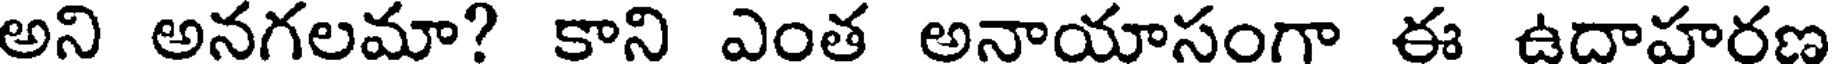
అని అనగలమా? కాని ఎంత అనాయాసంగా ఈ ఉదాహరణ